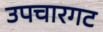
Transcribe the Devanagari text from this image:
उपचारगट